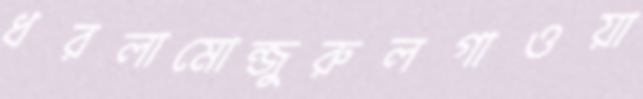
ধরলামোন্জুরুলগাওয়া